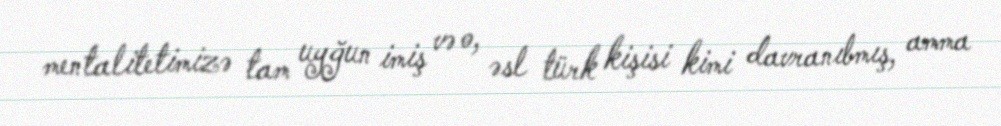
mentalitetimizə tam uyğun imiş və o, əsl türk kişisi kimi davranıbmış, amma